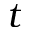
t